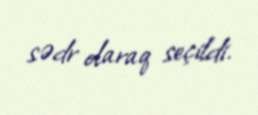
sədr olaraq seçildi.